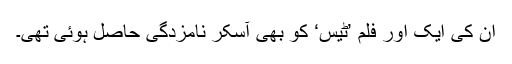
اُن کی ایک اور فلم ’ٹیس‘ کو بھی آسکر نامزدگی حاصل ہوئی تھی۔